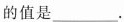
则x的值是___。